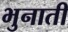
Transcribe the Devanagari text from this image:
भुनाती